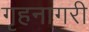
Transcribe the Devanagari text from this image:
गृहनागरी